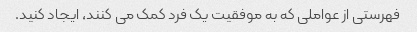
فهرستی از عواملی که به موفقیت یک فرد کمک می کنند، ایجاد کنید.